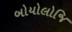
બોયોલોજિ